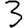
Digit: 3